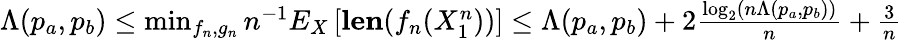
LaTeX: \begin{array}{r}{\Lambda(p_{a},p_{b})\leq\operatorname*{min}_{f_{n},g_{n}}n^{-1}E_{X}\left[{\mathbf{len}(f_{n}(X_{1}^{n}))}\right]\leq\Lambda(p_{a},p_{b})+2\frac{\log_{2}\left(n\Lambda(p_{a},p_{b})\right)}{n}+\frac{3}{n}}\end{array}